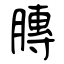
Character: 膞